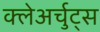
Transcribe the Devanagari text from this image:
क्लेअर्चुट्स